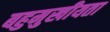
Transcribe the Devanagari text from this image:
बहुमुखीयता